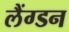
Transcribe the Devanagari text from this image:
लैंग्डन